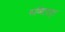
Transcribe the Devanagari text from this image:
सब्स्टिट्युट